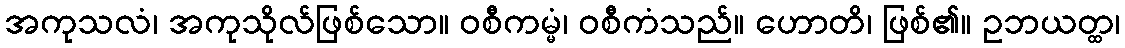
အကုသလံ၊ အကုသိုလ်ဖြစ်သော။ ဝစီကမ္မံ၊ ဝစီကံသည်။ ဟောတိ၊ ဖြစ်၏။ ဥဘယတ္ထ၊